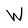
Character: W